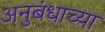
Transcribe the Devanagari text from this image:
अनुबंधाच्या